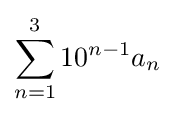
\sum _{n=1}^{3}10^{n-1}a_{n}